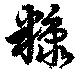
糠